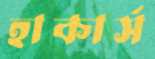
হাকার্স